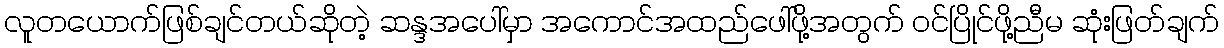
လူတယောက်ဖြစ်ချင်တယ်ဆိုတဲ့ ဆန္ဒအပေါ်မှာ အကောင်အထည်ဖေါ်ဖို့အတွက် ဝင်ပြိုင်ဖို့ညီမ ဆုံးဖြတ်ချက်